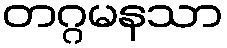
တဂ္ဂမနသာ